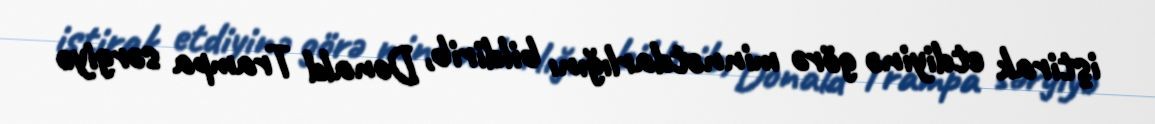
iştirak etdiyinə görə minnətdarlığını bildirib, Donald Trampa sərgiyə